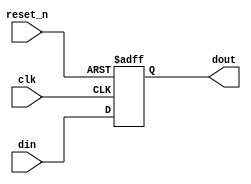
module synchronous_register (
    input wire clk,       // Clock input
    input wire reset_n,   // Active low reset
    input wire [7:0] din, // Data input
    output reg [7:0] dout // Data output
);

// Sequential logic block triggered on the positive edge of the clock
always @ (posedge clk or negedge reset_n) begin
    if (!reset_n) begin
        // Reset condition: clear the output register
        dout <= 8'b0;
    end else begin
        // Update the output register with the input data
        dout <= din;
    end
end

endmodule